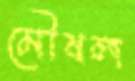
মৌষল